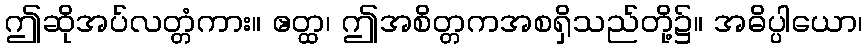
ဤဆိုအပ်လတ္တံကား။ ဧတ္ထ၊ ဤအစိတ္တကအစရှိသည်တို့၌။ အဓိပ္ပါယော၊